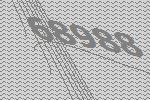
68988